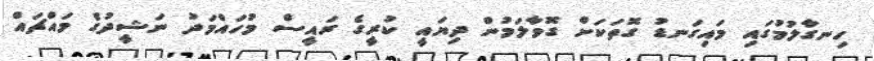
ހިނގާލުމުގައި މައިގަނޑު ގޮތަކަށް ގޮވާލަމުން ދިޔައީ ކުރީގެ ރައީސް މުހައްމަދު ނަޝީދުގެ މައްޗައް